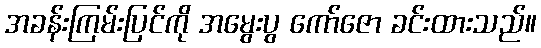
အခန်းကြမ်းပြင်ကို အမွေးပွ ကော်ဇော ခင်းထားသည်။